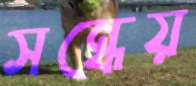
সন্ধেয়